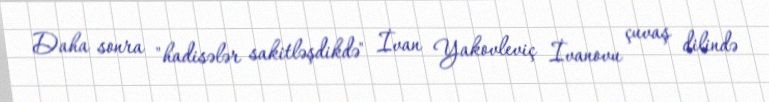
Daha sonra "hadisələr sakitləşdikdə" İvan Yakovleviç İvanovu çuvaş dilində